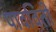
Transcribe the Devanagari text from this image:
पावविती